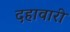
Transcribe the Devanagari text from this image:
दहावारी